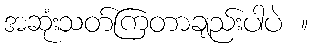
အဆုံးသတ်ကြတာချည်းပါပဲ ။